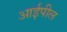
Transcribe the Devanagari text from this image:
आईपील